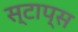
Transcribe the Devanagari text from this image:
स्टाप्स